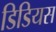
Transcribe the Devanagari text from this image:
डिडियस